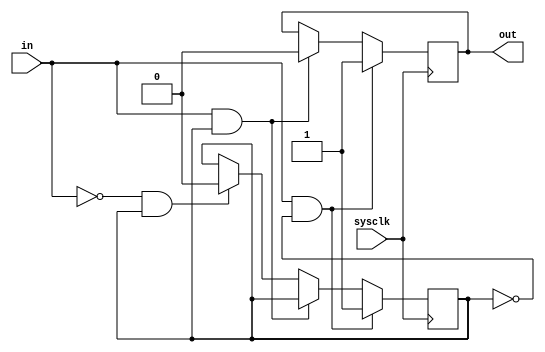
module pulsegen(sysclk, in, out);

input sysclk;
input in;
output out;
reg out = 0;

reg already_pulsed = 0;
always @(posedge sysclk)
    if (in == 1'b1 && already_pulsed == 1'b0) begin
        out <= 1'b1;
        already_pulsed <= 1'b1;
    end
    else if (in == 1'b1 && already_pulsed == 1'b1) begin
        out <= 1'b0;
    end 
    else if (in == 1'b0 && already_pulsed == 1'b1) begin
        already_pulsed <= 1'b0;
    end

endmodule